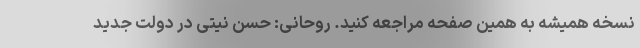
نسخه همیشه به همین صفحه مراجعه کنید. روحانی: حُسن نیتی در دولت جدید